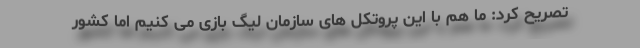
تصریح کرد: ما هم با این پروتکل های سازمان لیگ بازی می کنیم اما کشور